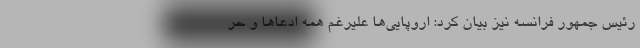
رئیس جمهور فرانسه نیز بیان کرد: اروپایی‌ها علیرغم همه ادعاها و حر